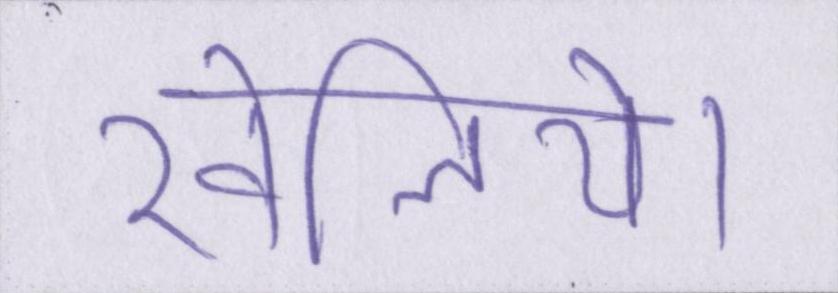
खेलिये।